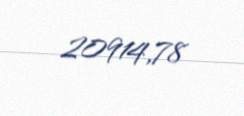
20914,78